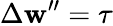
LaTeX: \Delta\mathbf{w}^{\prime\prime}=\tau